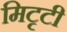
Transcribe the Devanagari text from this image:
मिटृटी